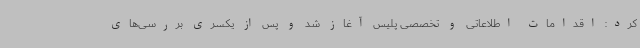
کرد: اقدامات اطلاعاتی و تخصصی پلیس آغاز شد و پس از یکسری بررسی‌های